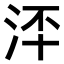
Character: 𣳶